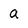
Character: a